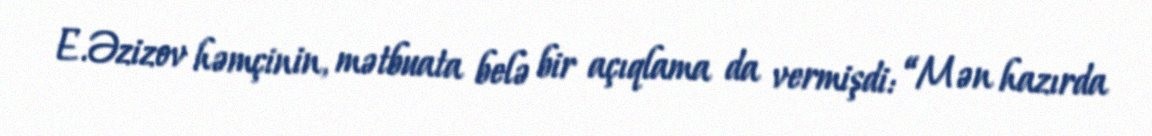
E.Əzizov həmçinin, mətbuata belə bir açıqlama da vermişdi: “Mən hazırda